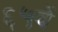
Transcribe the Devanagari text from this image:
६५वें